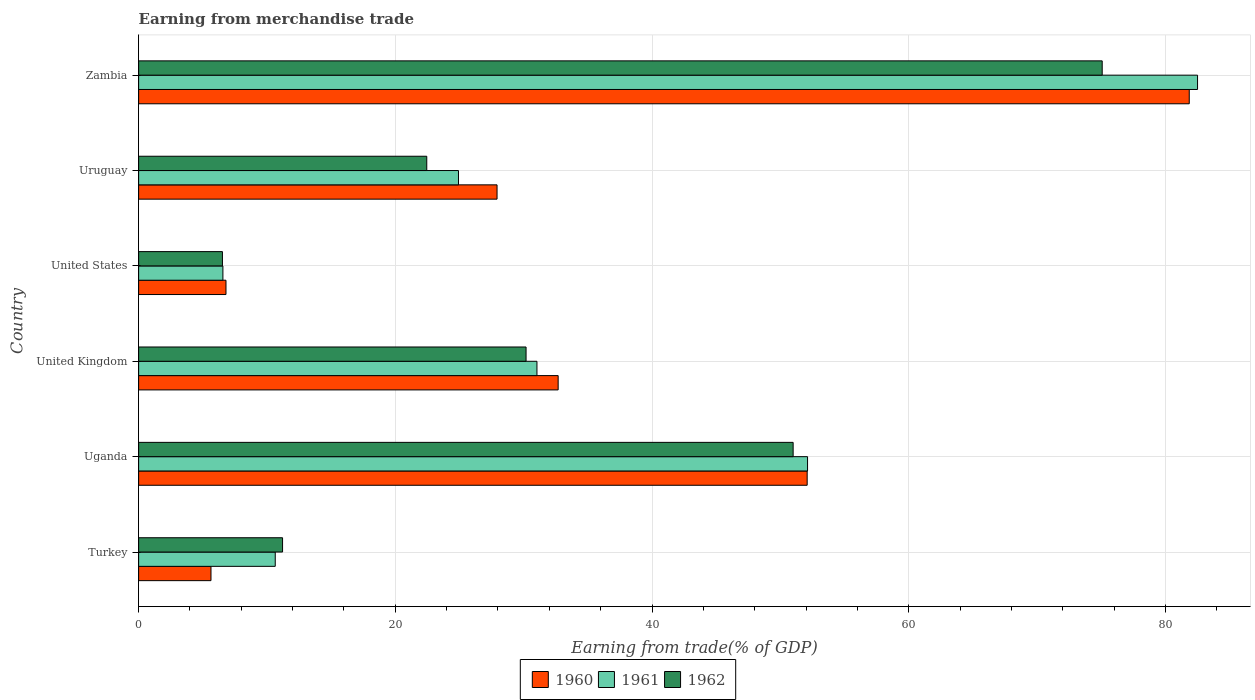
| Country | 1960 | 1961 | 1962 |
 | --- | --- | --- | --- |
 | Turkey | 5.64 | 10.6 | 11.2 |
 | Uganda | 52.1 | 52.1 | 51 |
 | United Kingdom | 32.7 | 31 | 30.2 |
 | United States | 6.81 | 6.57 | 6.53 |
 | Uruguay | 27.9 | 24.9 | 22.5 |
 | Zambia | 81.9 | 82.5 | 75.1 |